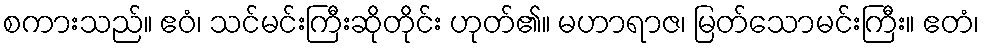
စကားသည်။ ဧဝံ၊ သင်မင်းကြီးဆိုတိုင်း ဟုတ်၏။ မဟာရာဇ၊ မြတ်သောမင်းကြီး။ ဧတံ၊